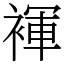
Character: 褌